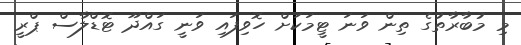
މި މުބާރާތުގެ ތިން ވަނަ ޓީމަކަށް ހޮވިފައި ވަނީ ގައްދޫ ޓޮޑްލާސް ޕްރީ